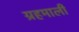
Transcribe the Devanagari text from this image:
ग्रहमाली